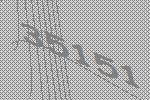
35151